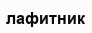
лафитник